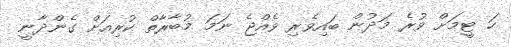
ހަ ޓީމަށް ވުރެ މަދުން ބައިވެރި ވެއްޖެ ނަމަ މުބާރާތް ކުރިއަށް ގެންދާނީ